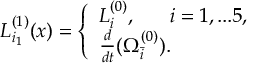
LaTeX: L _ { i _ { 1 } } ^ { ( 1 ) } ( x ) = \left\{ \begin{array} { l l } { { L _ { i } ^ { ( 0 ) } , \ ~ ~ ~ ~ i = 1 , . . . 5 , } } \\ { { \frac { d } { d t } ( \Omega _ { \bar { i } } ^ { ( 0 ) } ) . } } \end{array} \right.